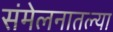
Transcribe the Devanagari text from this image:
संमेलनातल्या